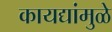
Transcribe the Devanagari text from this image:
कायद्यांमुळे